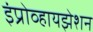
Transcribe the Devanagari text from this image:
इंप्रोव्हायझेशन